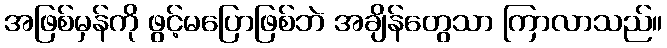
အဖြစ်မှန်ကို ဖွင့်မပြောဖြစ်ဘဲ အချိန်တွေသာ ကြာလာသည်။